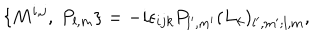
\{ M ^ { i , j } , \ P _ { l , m } \} = - i \epsilon _ { i j k } P _ { l ^ { \prime } , m ^ { \prime } } ( L _ { k } ) _ { l ^ { \prime } , m ^ { \prime } ; l , m } ,